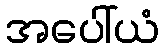
အပေါ်ယံ